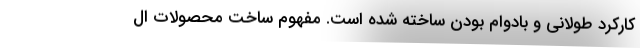
کارکرد طولانی‌ و بادوام بودن ساخته شده است. مفهوم ساخت محصولات ال